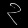
Digit: ၃